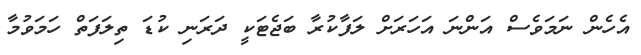
އެހެން ނަމަވެސް އަންނަ އަހަރަށް ލަފާކުރާ ބަޖެޓަކީ ދަރަނި ކުޑަ ތިލަފަތް ހަމަވުމާ